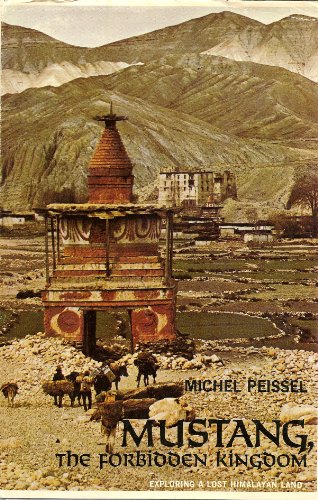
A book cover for Mustang, The Forbidden Kingdom: Exploring a Lost Himalayan Land; Michel Peissel; Travel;